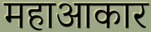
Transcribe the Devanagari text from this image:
महाआकार